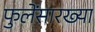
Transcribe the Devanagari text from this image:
फुलेंसारख्या